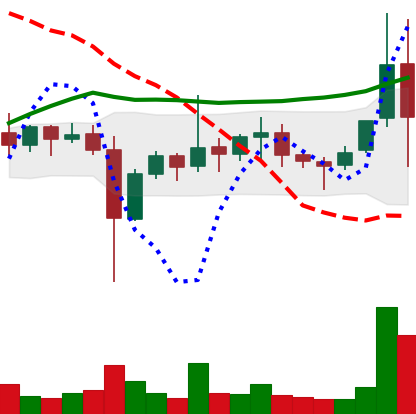
Ticker: ETC-USD
Chart end date: 2021-11-10
Forward return: -3.486%
Label: down_3_5